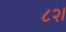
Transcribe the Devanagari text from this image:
८२।